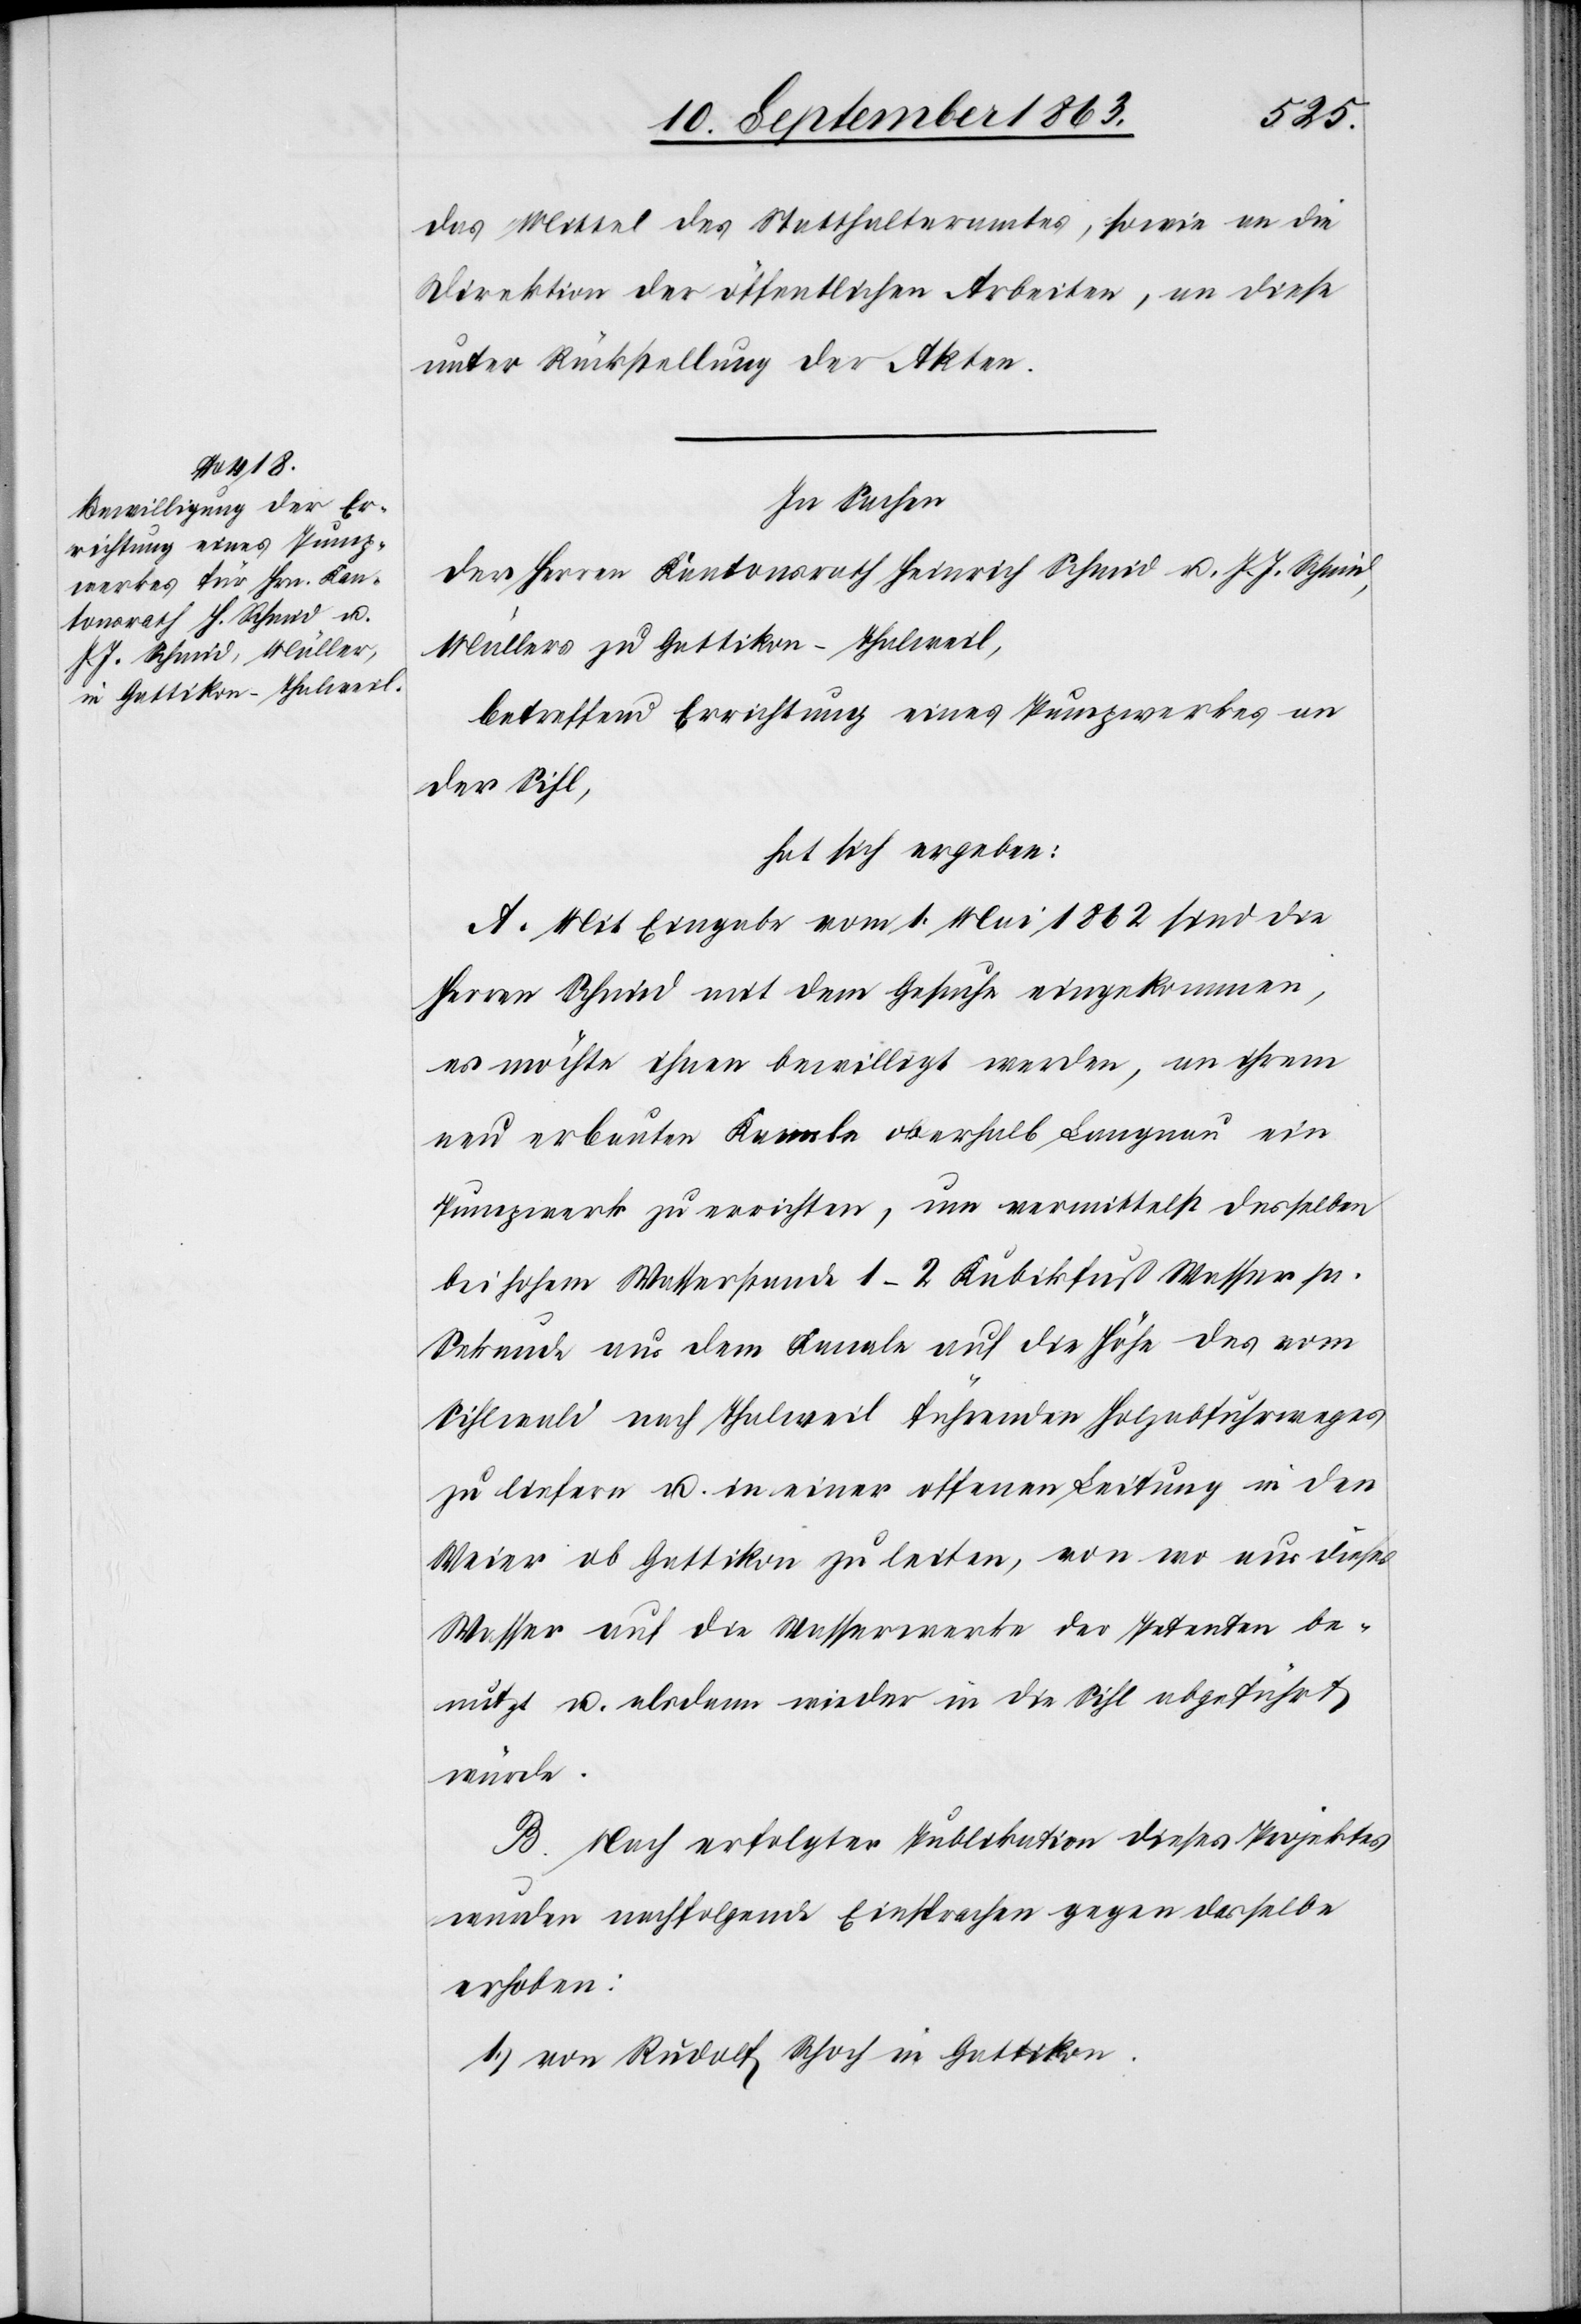
das Mittel des Statthalteramtes, sowie an die
Direktion der öffentlichen Arbeiten, an diese
unter Rückstellung der Akten.
In Sachen
der Herren Kantonsrath Heinrich Schmid u. J. J. Schmid,
Müllers zu Gattikon-Thalweil,
betreffend Errichtung eines Pumpwerkes an
der Sihl,
hat sich ergeben:
A. Mit Eingabe vom 1. Mai 1862 sind die
Herren Schmid mit dem Gesuche eingekommen,
es möchte ihnen bewilligt werden, an ihrem
neu erbauten Kanale oberhalb Langnau ein
Pumpwerk zu errichten, um vermittelst desselben
bei hohem Wasserstande 1–2 Kubikfuß Wasser pr.
Sekunde aus dem Kanale auf die Höhe des vom
Sihlwald nach Thalweil führenden Holzabfuhrweges
zu liefern u. in einer offenen Leitung in den
Weier ob Gattikon zu leiten, von wo aus dieses
Wasser auf die Wasserwerke der Petenten be¬
nutzt u. alsdann wieder in die Sihl abgeführt
würde.
B. Nach erfolgter Publikation dieses Projektes
wurden nachfolgende Einsprachen gegen dasselbe
erhoben:
1.) von Rudolf Schoch in Gattikon.